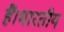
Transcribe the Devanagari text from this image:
हैं।भारतीय